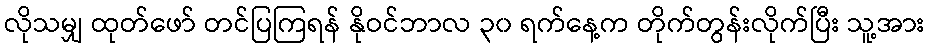
လိုသမျှ ထုတ်ဖော် တင်ပြကြရန် နိုဝင်ဘာလ ၃၀ ရက်နေ့က တိုက်တွန်းလိုက်ပြီး သူ့အား